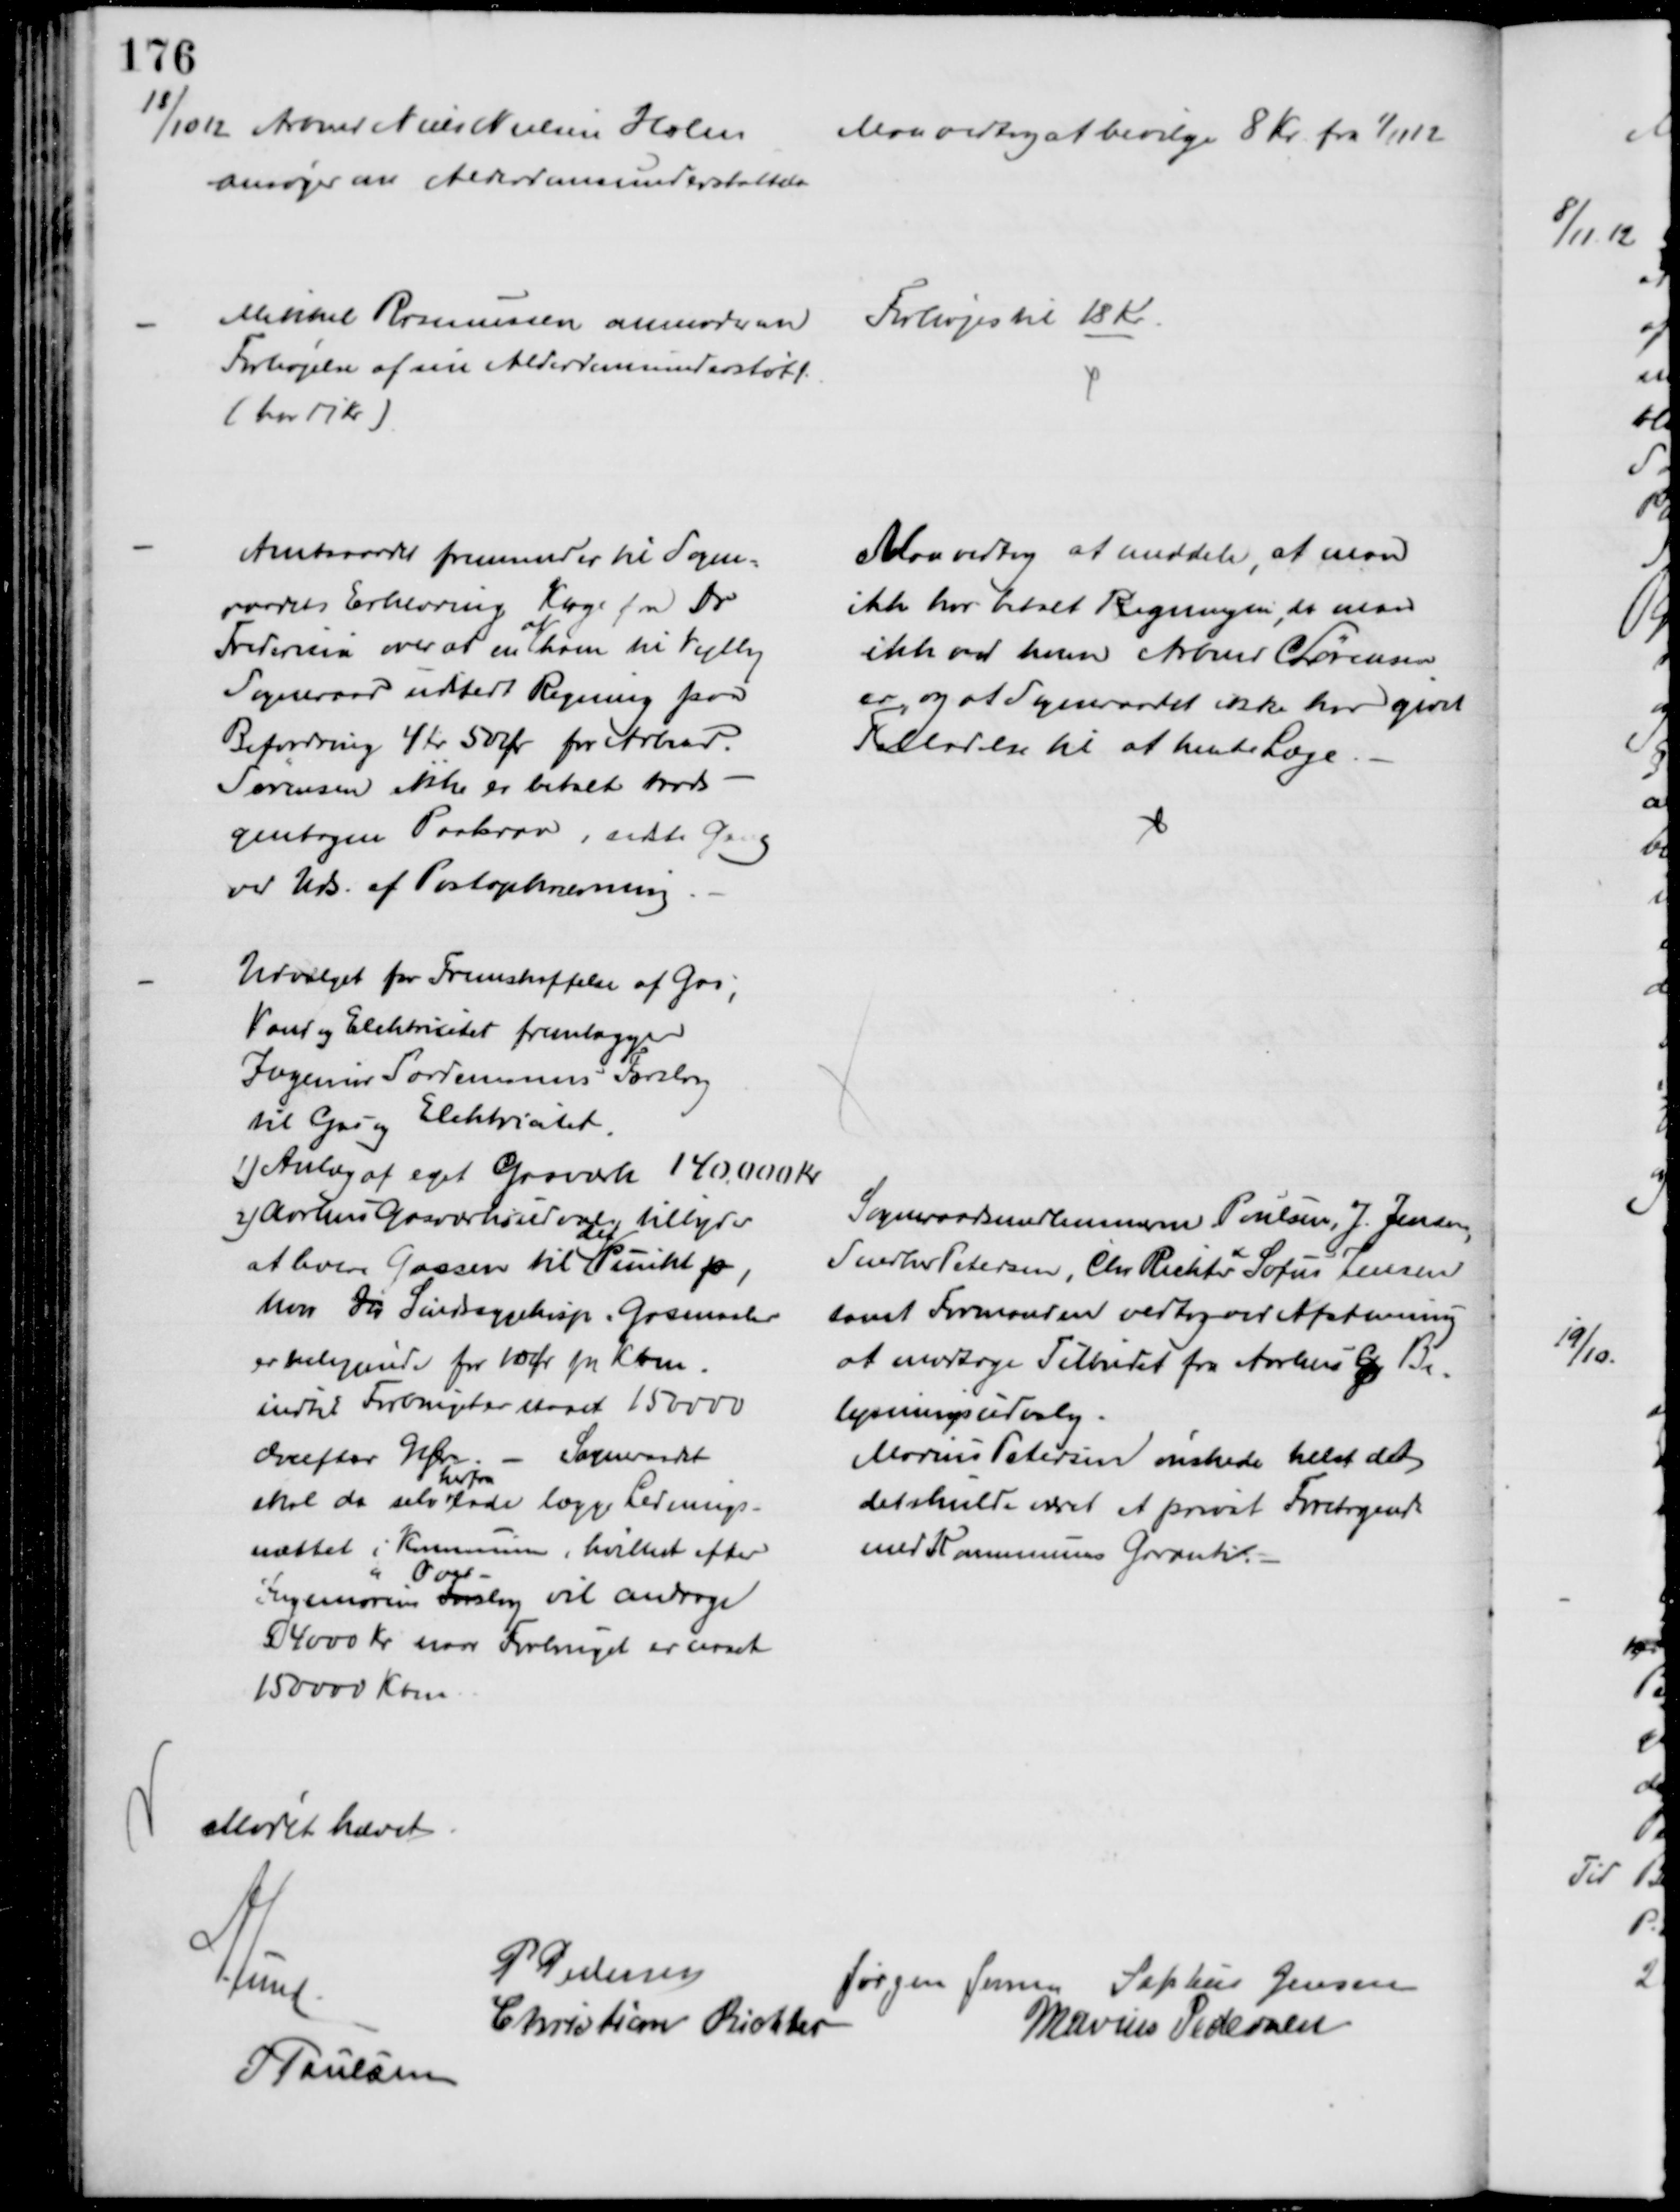
Transskription:
18/10 12 Arbmd Niels Nielsen Holm
ansøger om Alderdomsunderstøttelse
Man vedtog at bevilge 8 Kr fra 1/11 12
Mikkel Rasmussen anmoder om
Forhøjelse af sin Alderdomsunderstøtt.
(har 17 Kr)
Forhøjes til 18 Kr.
Amtsraadet fremsender til Sogne=
raadets Erklæring Klage fra Dr
Fredericia over at en 
af
ham til Vejlby
Sogneraad udstedt Regning paa
Befordring 4 Kr 50 Ør for Arbmd.
Sørensen ikke er betalt trods
gentagen Paakrav, sidste Gang
ved Uds. af Postopkrævning
Man vedtog at meddele, at man
ikke har betalt Regningsen, da man 
ikke ved hvem Arbmd Sørensen
er, og at Sogneraadet ikke har givet 
Tilladelse til at hente Læge.
Udvalget for Fremskaffelse af Gas,
Vand og Elektricitet fremlægger
Ingeniør Sardemanns Forslag
til Gas og Elektricitet.
1) Anlæg af eget Gasværk 140.000 Kr
2) Aarhus Gasværksudvalg tilbyder
at levere Gassen til 
det
Punkt p
hvor Si Sindssygehosp. Gasmaaler
er beliggende for 10 Ør pr. Kbm
indtil Forbruget er naaet 150000
derefter 9 Ør. 
Sogneraadet
skal da selv
herfra  
lade lægge Lednings-
nættet i Kommunen, hvilket efter
Ingeniørens For
Over-
slag vil andrage
54000 Kr naar Forbruget er naaet
150000 Kbm
Sogneraadsmedlemmerne Poulsen, J. Jensen,
Snedker Petersen, Chr. Richter 
&
Sofus Jensen
samt Formanden vedtog ved Afstemming
at modtage Tilbudet fra Aarhus G. Be-
lysningsudvalg.
Marius Petersen ønskede helst at
det skulde været et privat Foretagende
med Kommunens Garanti.
Mødet hævet
A. Lund
P Pedersen
Jørgen Jensen Sophus Jensen
Christian Richter
Marius Pedersen
J Poulsen